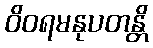
ဝိဝရမနုပတန္တိ